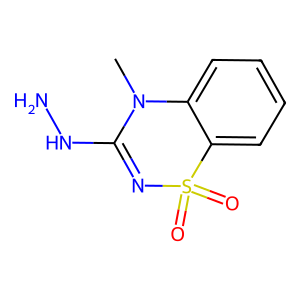
SMILES: CN1C(NN)=NS(=O)(=O)c2ccccc21
Inhibits HIV replication: No